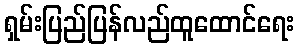
ရှမ်းပြည်ပြန်လည်ထူထောင်ရေး